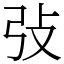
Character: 㢭